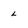
Character: L